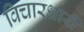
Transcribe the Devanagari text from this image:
विचारधारी